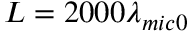
L = 2 0 0 0 { { \lambda } _ { m i c 0 } }